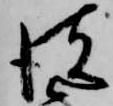
彼